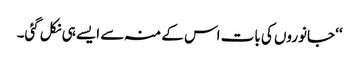
‘‘ جانوروں کی بات اس کے منہ سے ایسے ہی نکل گئی۔